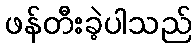
ဖန်တီးခဲ့ပါသည်